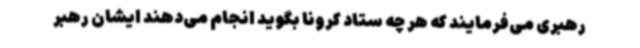
رهبری می‌فرمایند که هر چه ستاد کرونا بگوید انجام می‌دهند ایشان رهبر